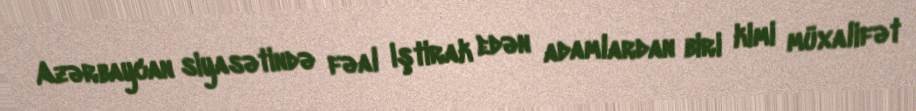
Azərbaycan siyasətində fəal iştirak edən adamlardan biri kimi müxalifət